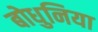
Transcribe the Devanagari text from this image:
बोधुनिया